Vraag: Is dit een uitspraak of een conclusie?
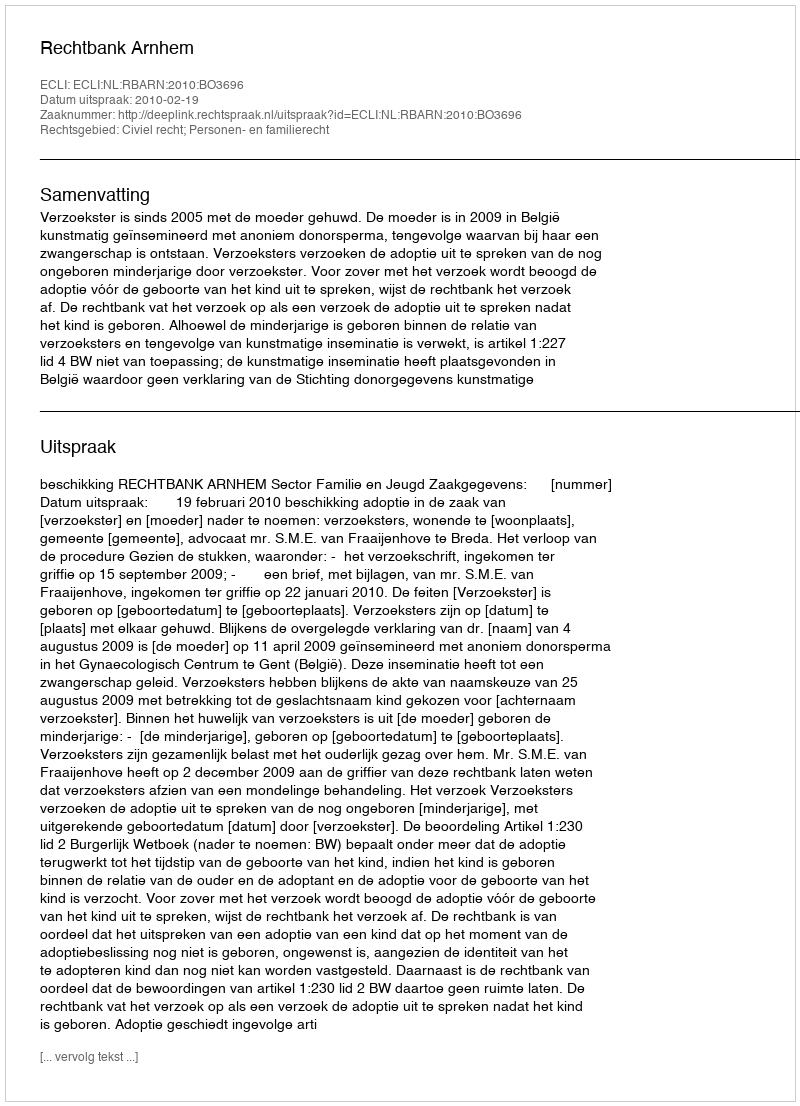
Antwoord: Uitspraak